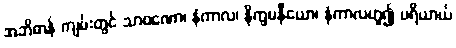
အဘိဓာန် ကျမ်းတွင် သာဝဏော၊ နံကာလ၊ နိက္ခမနီယော၊ နံကာလဟူ၍ ပရိယာယ်